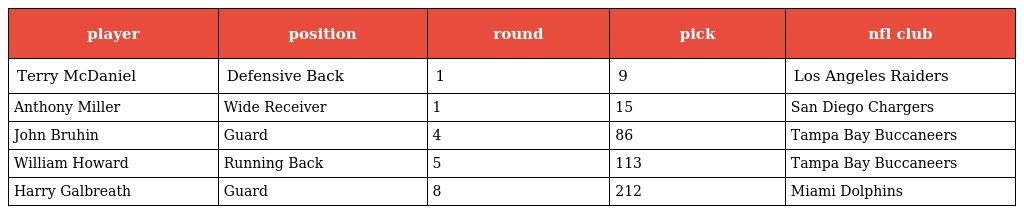
| player | position | round | pick | nfl club |
 | --- | --- | --- | --- | --- |
 | Terry McDaniel | Defensive Back | 1 | 9 | Los Angeles Raiders |
 | Anthony Miller | Wide Receiver | 1 | 15 | San Diego Chargers |
 | John Bruhin | Guard | 4 | 86 | Tampa Bay Buccaneers |
 | William Howard | Running Back | 5 | 113 | Tampa Bay Buccaneers |
 | Harry Galbreath | Guard | 8 | 212 | Miami Dolphins |